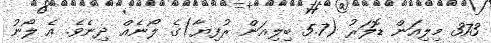
373 މިލިއަން ޑޮލަރު (5.7 ބިލިއަން ރުފިޔާ)ގެ ލޯނެއް ދިނެވެ. އެ ލޯނު